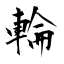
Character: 輪